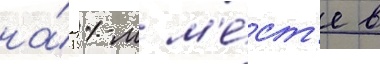
на́ 11-м м'е́ст'е в